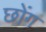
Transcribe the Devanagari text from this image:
छोंग